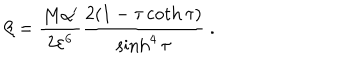
\beta = \frac { M \alpha ^ { \prime } } { 2 \varepsilon ^ { 6 } } \frac { 2 ( 1 - \tau \coth \tau ) } { \sinh ^ { 4 } \tau } \ .